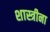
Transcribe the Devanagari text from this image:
शास्त्रीना